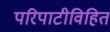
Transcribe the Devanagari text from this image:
परिपाटीविहित